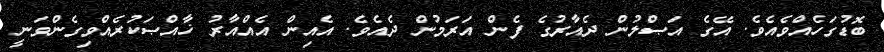
ބޮޑުގަހެއްވެއެވެ. އޭގެ އަޞްލުން ދެއާރުގެ ފެން އަރަމުން ދެއެވެ. އެއިން އެއްއާރު ޚާއްޞަކުރެއްވިގެންވަނީ